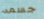
جسمه